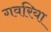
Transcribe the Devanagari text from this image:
गवरिया